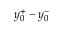
y _ { 0 } ^ { + } - y _ { 0 } ^ { - }